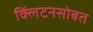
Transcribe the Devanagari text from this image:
क्लिंटनसोबत